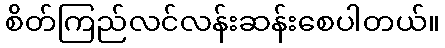
စိတ်ကြည်လင်လန်းဆန်းစေပါတယ်။